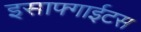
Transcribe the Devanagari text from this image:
इसाफ्गाईटस